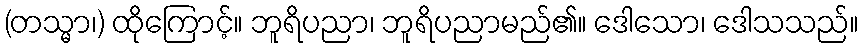
(တသ္မာ၊) ထိုကြောင့်။ ဘူရိပညာ၊ ဘူရိပညာမည်၏။ ဒေါသော၊ ဒေါသသည်။